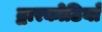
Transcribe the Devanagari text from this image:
द्वारकोठियाँ